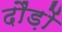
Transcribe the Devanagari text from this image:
दौंड़ों